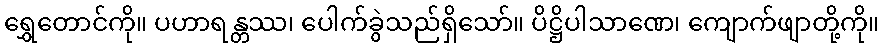
ရွှေတောင်ကို။ ပဟာရန္တဿ၊ ပေါက်ခွဲသည်ရှိသော်။ ပိဋ္ဌိပါသာဏေ၊ ကျောက်ဖျာတို့ကို။